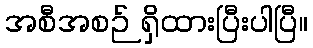
အစီအစဉ် ရှိထားပြီးပါပြီ။